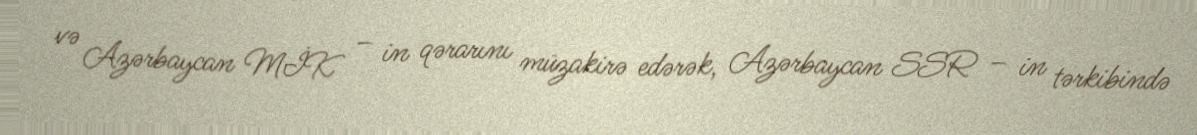
və Azərbaycan MİK – in qərarını müzakirə edərək, Azərbaycan SSR – in tərkibində